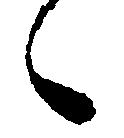
々